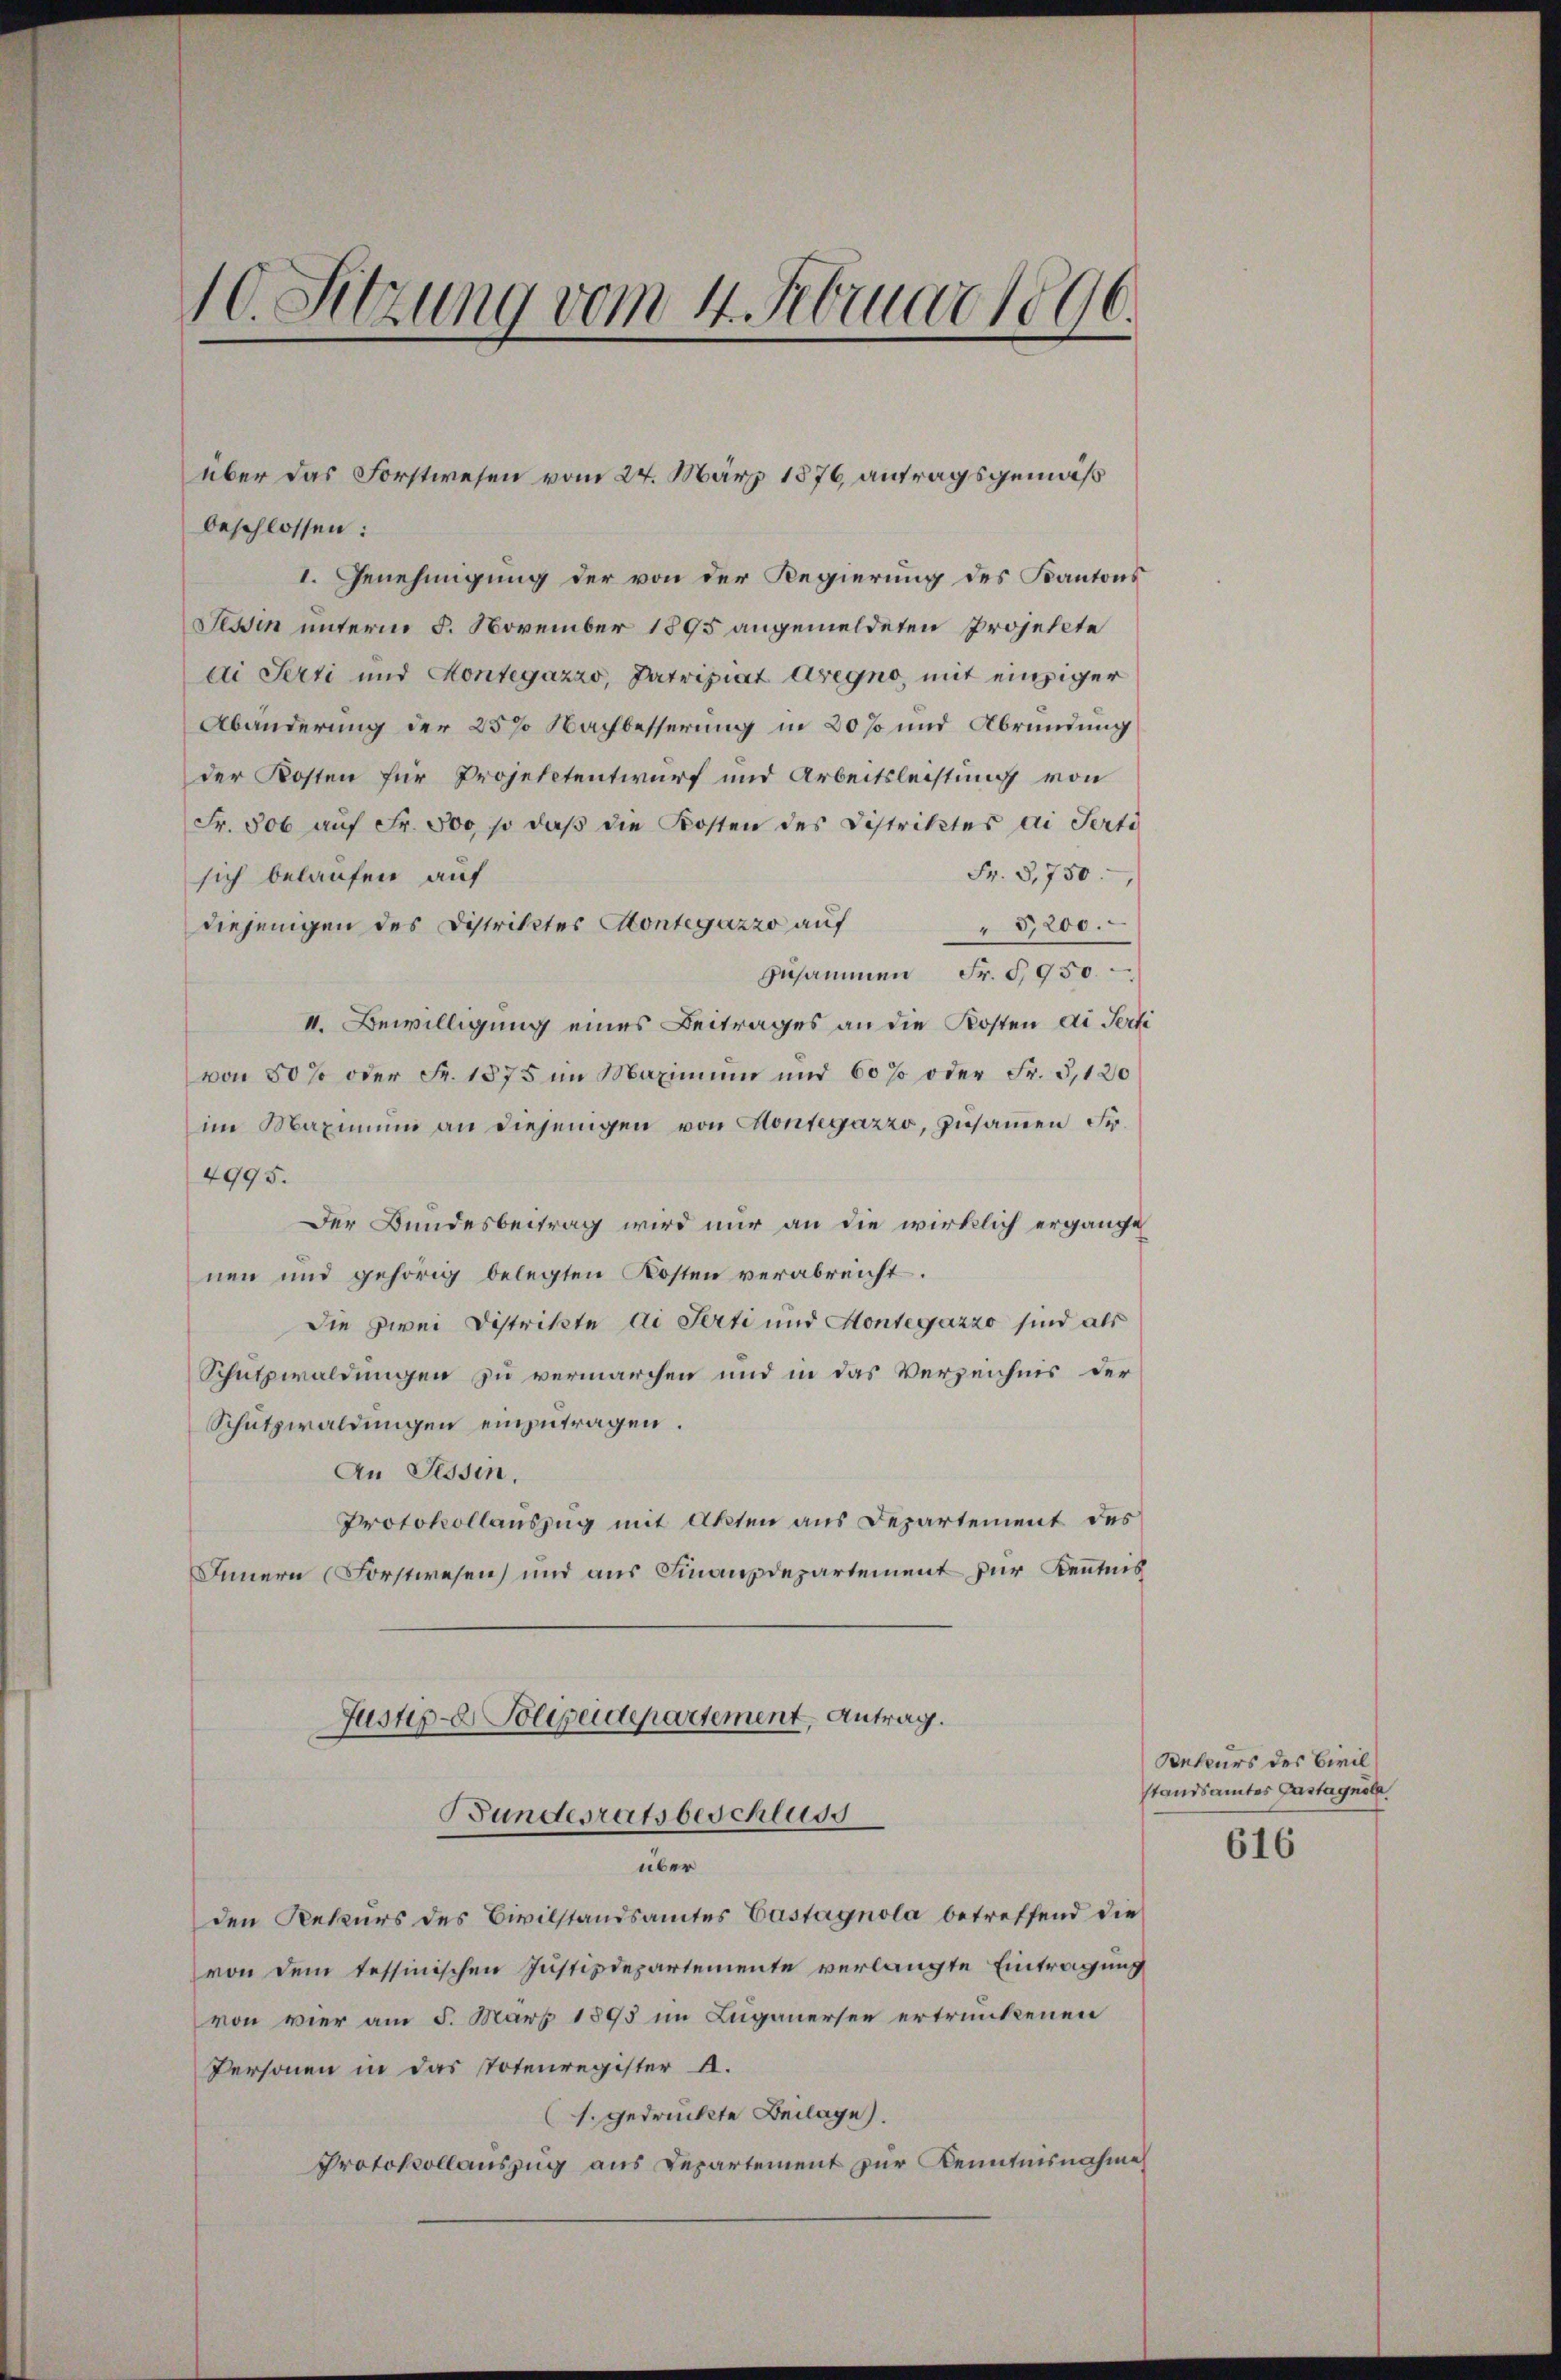
10. Sitzung vom 4. Februar 1896.

beschlossen:
I. Genehmigung der von der Regierung des Kantons
Tessin unterm 8. November 1895 angemeldeten Projekte
di Serti und Kontegazzo, Patriziat Aregno, mit einziger
Abänderung der 257 Nachbesserung in 20 % und Abründung
der Kosten für Projektentwurf und Arbeitsleistung von
Fr. 800 auf Fr. 500, so daß die Kosten des Distriktes an Perti
Fr. 3,750.
sich belaufen auf
diejenigen des Distriktes Contegazzo aŭf " 5,200.
zusammen Fr. 5950.
II. Bewilligung eines Beitrages an die Kosten di Ferti
von 50% oder Fr. 1875 im Maximum und 60% oder Fr. 5,120
im Maximŭm an diejenigen von Kontegazzo, zusammen Fr.
4995.
Der Bundesbeitrag wird nur an die wirklich ergänge
nen und gehörig belegten Kosten verabreicht.
die zwei Distrikte di Ferti und Kontegazzo sind als
Schutzwaldungen zu vermarchen und in das Verzeichnis der
Schutzwaldungen einzutragen.
An Tessin,
Protokollauszug mit Akten aus Departement des
Innern (Forstwesen und aus Finanzdepartement zur Kenntnis
Justiz- & Polizeidepartement, Antrag.
Bundesratsbeschluss
über
den Rekurs des Civilstandsamtes Castagnola betreffend die
von dem tessinischen Justizdepartemente verlangte Eintragung
von vier am 5. März 1895 im Luganersen ertrunkenen
Personen in das Totenregister A.
(s. gedruckte Beilage).
Protokollauszug aus Departement zur Kenntnisnahme

über das Forstwesen vom 24. März 1876, antragsgemäß

Rekurs des Civil
standsamtes Gastagnole

616